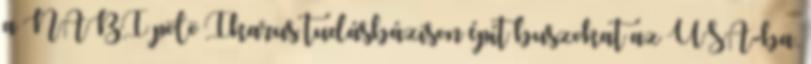
a NABI pölö Ikarus tudásbázison épít buszokat az USA-ba.